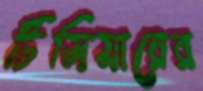
টিসিয়ারের